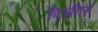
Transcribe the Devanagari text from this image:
बिजनिस